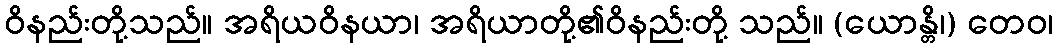
ဝိနည်းတို့သည်။ အရိယဝိနယာ၊ အရိယာတို့၏ဝိနည်းတို့ သည်။ (ယောန္တိ၊) တေဝ၊